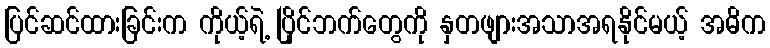
ပြင်ဆင်ထားခြင်းက ကိုယ့်ရဲ့ ပြိုင်ဘက်တွေကို နှတဖျားအသာအရနိုင်မယ့် အဓိက